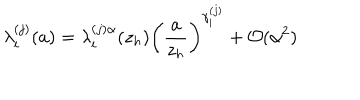
\lambda _ { i } ^ { ( j ) } ( a ) = \lambda _ { i } ^ { ( j ) \alpha } ( z _ { h } ) \left( \frac { a } { z _ { h } } \right) ^ { \gamma _ { i } ^ { ( j ) } } + { \cal O } ( \alpha ^ { 2 } )